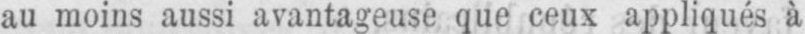
au moins aussi avantageuse que ceux appliqués à